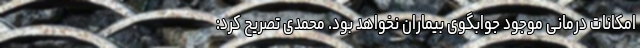
امکانات درمانی موجود جوابگوی بیماران نخواهد بود. محمدی تصریح کرد: